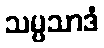
သမ္ပသာဒံ